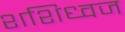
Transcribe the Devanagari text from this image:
शशिध्वज